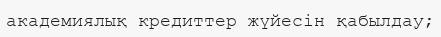
академиялық кредиттер жүйесін қабылдау;